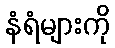
နံရံများကို